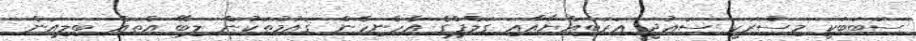
ސަބަބަކީ މިސްރަކީ ސަޢުދީ ޢަރަބިއްޔާއާއި ގަލްފްގެ އެހެނިހެން ޤައުމުތަކުން ލިބޭ އެތައް ބިލިއަން